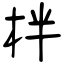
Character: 柈